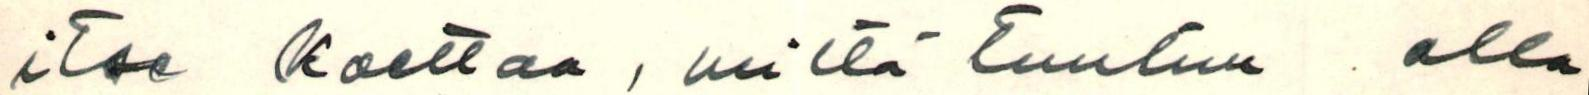
itse koettaa, miltä tuntuu olla